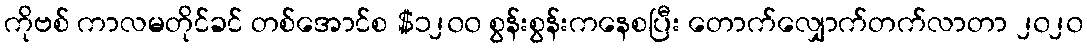
ကိုဗစ် ကာလမတိုင်ခင် တစ်အောင်စ $၁၂၀၀ စွန်းစွန်းကနေစပြီး တောက်လျှောက်တက်လာတာ ၂၀၂၀